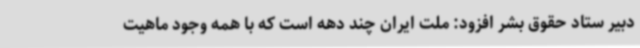
دبیر ستاد حقوق بشر افزود: ملت ایران چند دهه است که با همه‌ وجود ماهیت